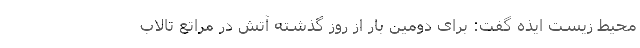
محیط زیست ایذه گفت: برای دومین بار از روز گذشته آتش در مراتع تالاب